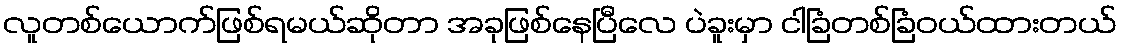
လူတစ်ယောက်ဖြစ်ရမယ်ဆိုတာ အခုဖြစ်နေပြီလေ ပဲခူးမှာ ငါခြံတစ်ခြံဝယ်ထားတယ်